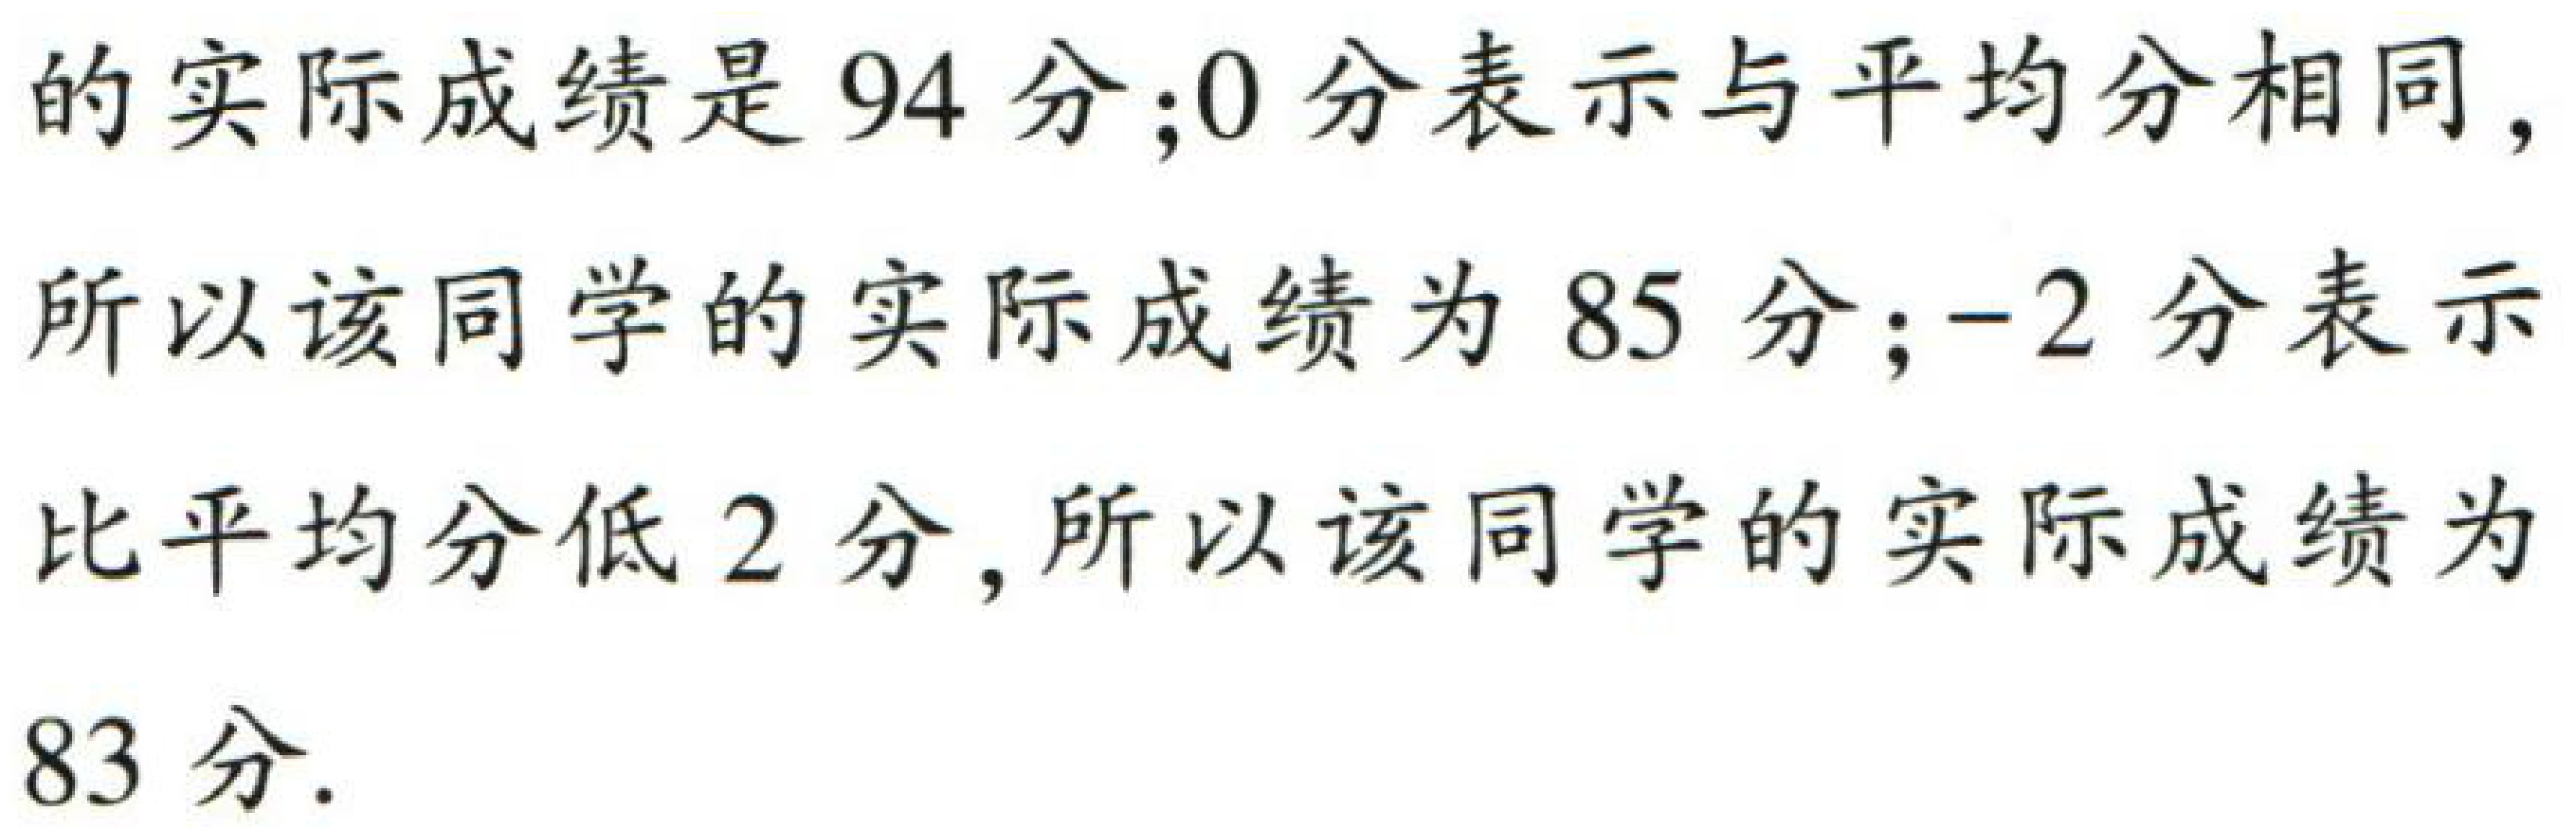
的实际成绩是 94 分；0 分表示与平均分相同，所以该同学的实际成绩为 85 分；-2 分表示比平均分低 2 分，所以该同学的实际成绩为 83 分.